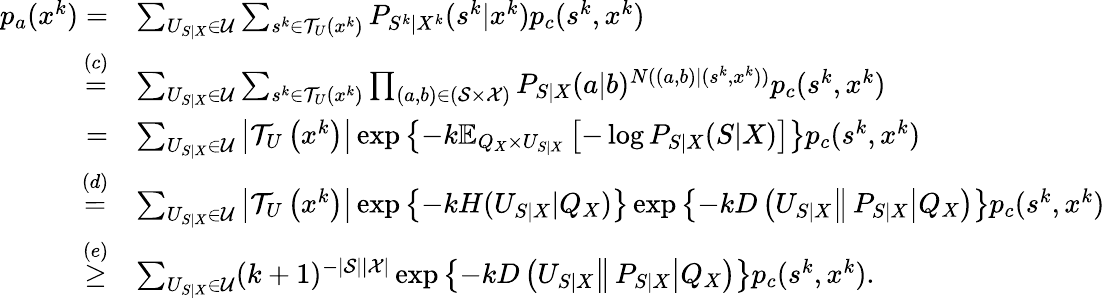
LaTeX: \begin{array}{rl}{p_{a}(x^{k})=}&{\sum_{U_{S|X}\in\mathcal{U}}\sum_{s^{k}\in\mathcal{T}_{U}(x^{k})}P_{S^{k}|X^{k}}(s^{k}|x^{k})p_{c}(s^{k},x^{k})}\\ {\overset{(c)}{=}}&{\sum_{U_{S|X}\in\mathcal{U}}\sum_{s^{k}\in\mathcal{T}_{U}(x^{k})}\prod_{(a,b)\in(\mathcal{S}\times\mathcal{X})}P_{S|X}(a|b)^{N((a,b)|(s^{k},x^{k}))}p_{c}(s^{k},x^{k})}\\ {=}&{\sum_{U_{S|X}\in\mathcal{U}}\left\vert\mathcal{T}_{U}\left(x^{k}\right)\right\vert\exp\left\{ -k\mathbb{E}_{Q_{X}\times U_{S|X}}\left[-\log P_{S|X}(S|X)\right]\right\} p_{c}(s^{k},x^{k})}\\ {\overset{(d)}{=}}&{\sum_{U_{S|X}\in\mathcal{U}}\left\vert\mathcal{T}_{U}\left(x^{k}\right)\right\vert\exp\left\{ -kH(U_{S|X}\vert Q_{X})\right\} \exp\left\{ -kD\left(\left.U_{S|X}\right\Vert\left.P_{S|X}\right\vert Q_{X}\right)\right\} p_{c}(s^{k},x^{k})}\\ {\overset{(e)}{\geq}}&{\sum_{U_{S|X}\in\mathcal{U}}(k+1)^{-|\mathcal{S}||\mathcal{X}|}\exp\left\{ -kD\left(\left.U_{S|X}\right\Vert\left.P_{S|X}\right\vert Q_{X}\right)\right\} p_{c}(s^{k},x^{k}).}\end{array}